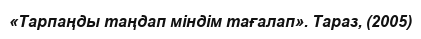
«Тарпаңды таңдап міндім тағалап». Тараз, (2005)